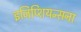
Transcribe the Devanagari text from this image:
इजिप्शियन्सना